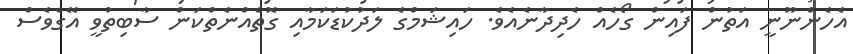
އެހެންނޫނީ އަތުން ފައިން ގޯހެއް ހެދިދާނެއެވެ. ހައިޝަމްގެ ލަދުކުޑަކަމާއި ގޮތެއްނެތްކަން ސާބިތުވީ އޭގެވެސް